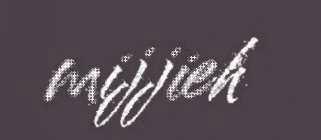
mijjieh